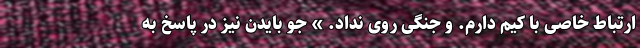
ارتباط خاصی با کیم دارم. و جنگی روی نداد. » جو بایدن نیز در پاسخ به